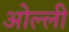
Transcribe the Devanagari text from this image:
ओल्ली